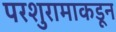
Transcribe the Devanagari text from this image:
परशुरामाकडून